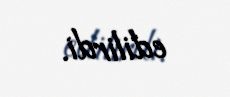
edilirdi.